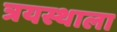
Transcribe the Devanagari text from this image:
त्रयस्थाला